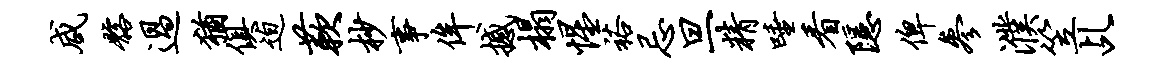
咸髂过犹俱迫蔌杪事侔撼榻惺裕忌旦精唾看隐俾参濮笠乩